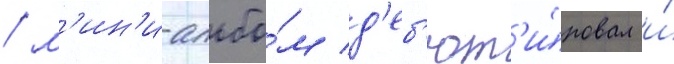
/ м'ин'и-альбо́м д'еб'ют'и́ровал и́